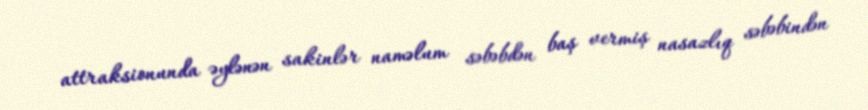
attraksionunda əylənən sakinlər naməlum səbəbdən baş vermiş nasazlıq səbəbindən